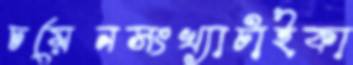
চয়েনসংখ্যাটাইকা